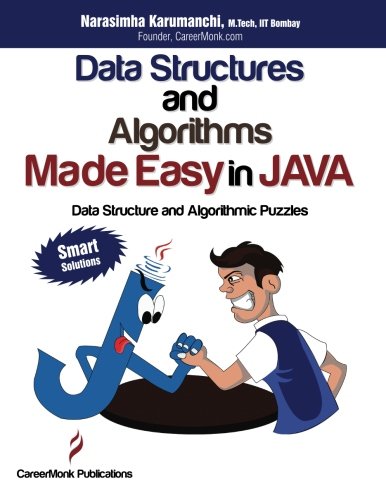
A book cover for Data Structures and Algorithms Made Easy in Java: Data Structure and Algorithmic Puzzles; Narasimha Karumanchi; Business & Money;